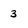
Character: 3